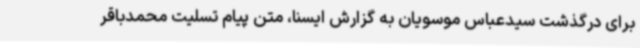
برای درگذشت سیدعباس موسویان به گزارش ایسنا، متن پیام تسلیت محمدباقر